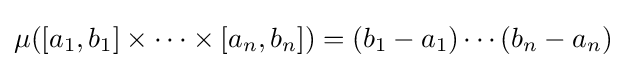
\mu ([a_{1},b_{1}]\times \cdots \times [a_{n},b_{n}])=(b_{1}-a_{1})\cdots (b_{n}-a_{n})